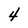
Character: 4